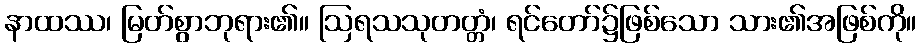
နာထဿ၊ မြတ်စွာဘုရား၏။ ဩရသသုတတ္တံ၊ ရင်တော်၌ဖြစ်သော သား၏အဖြစ်ကို။